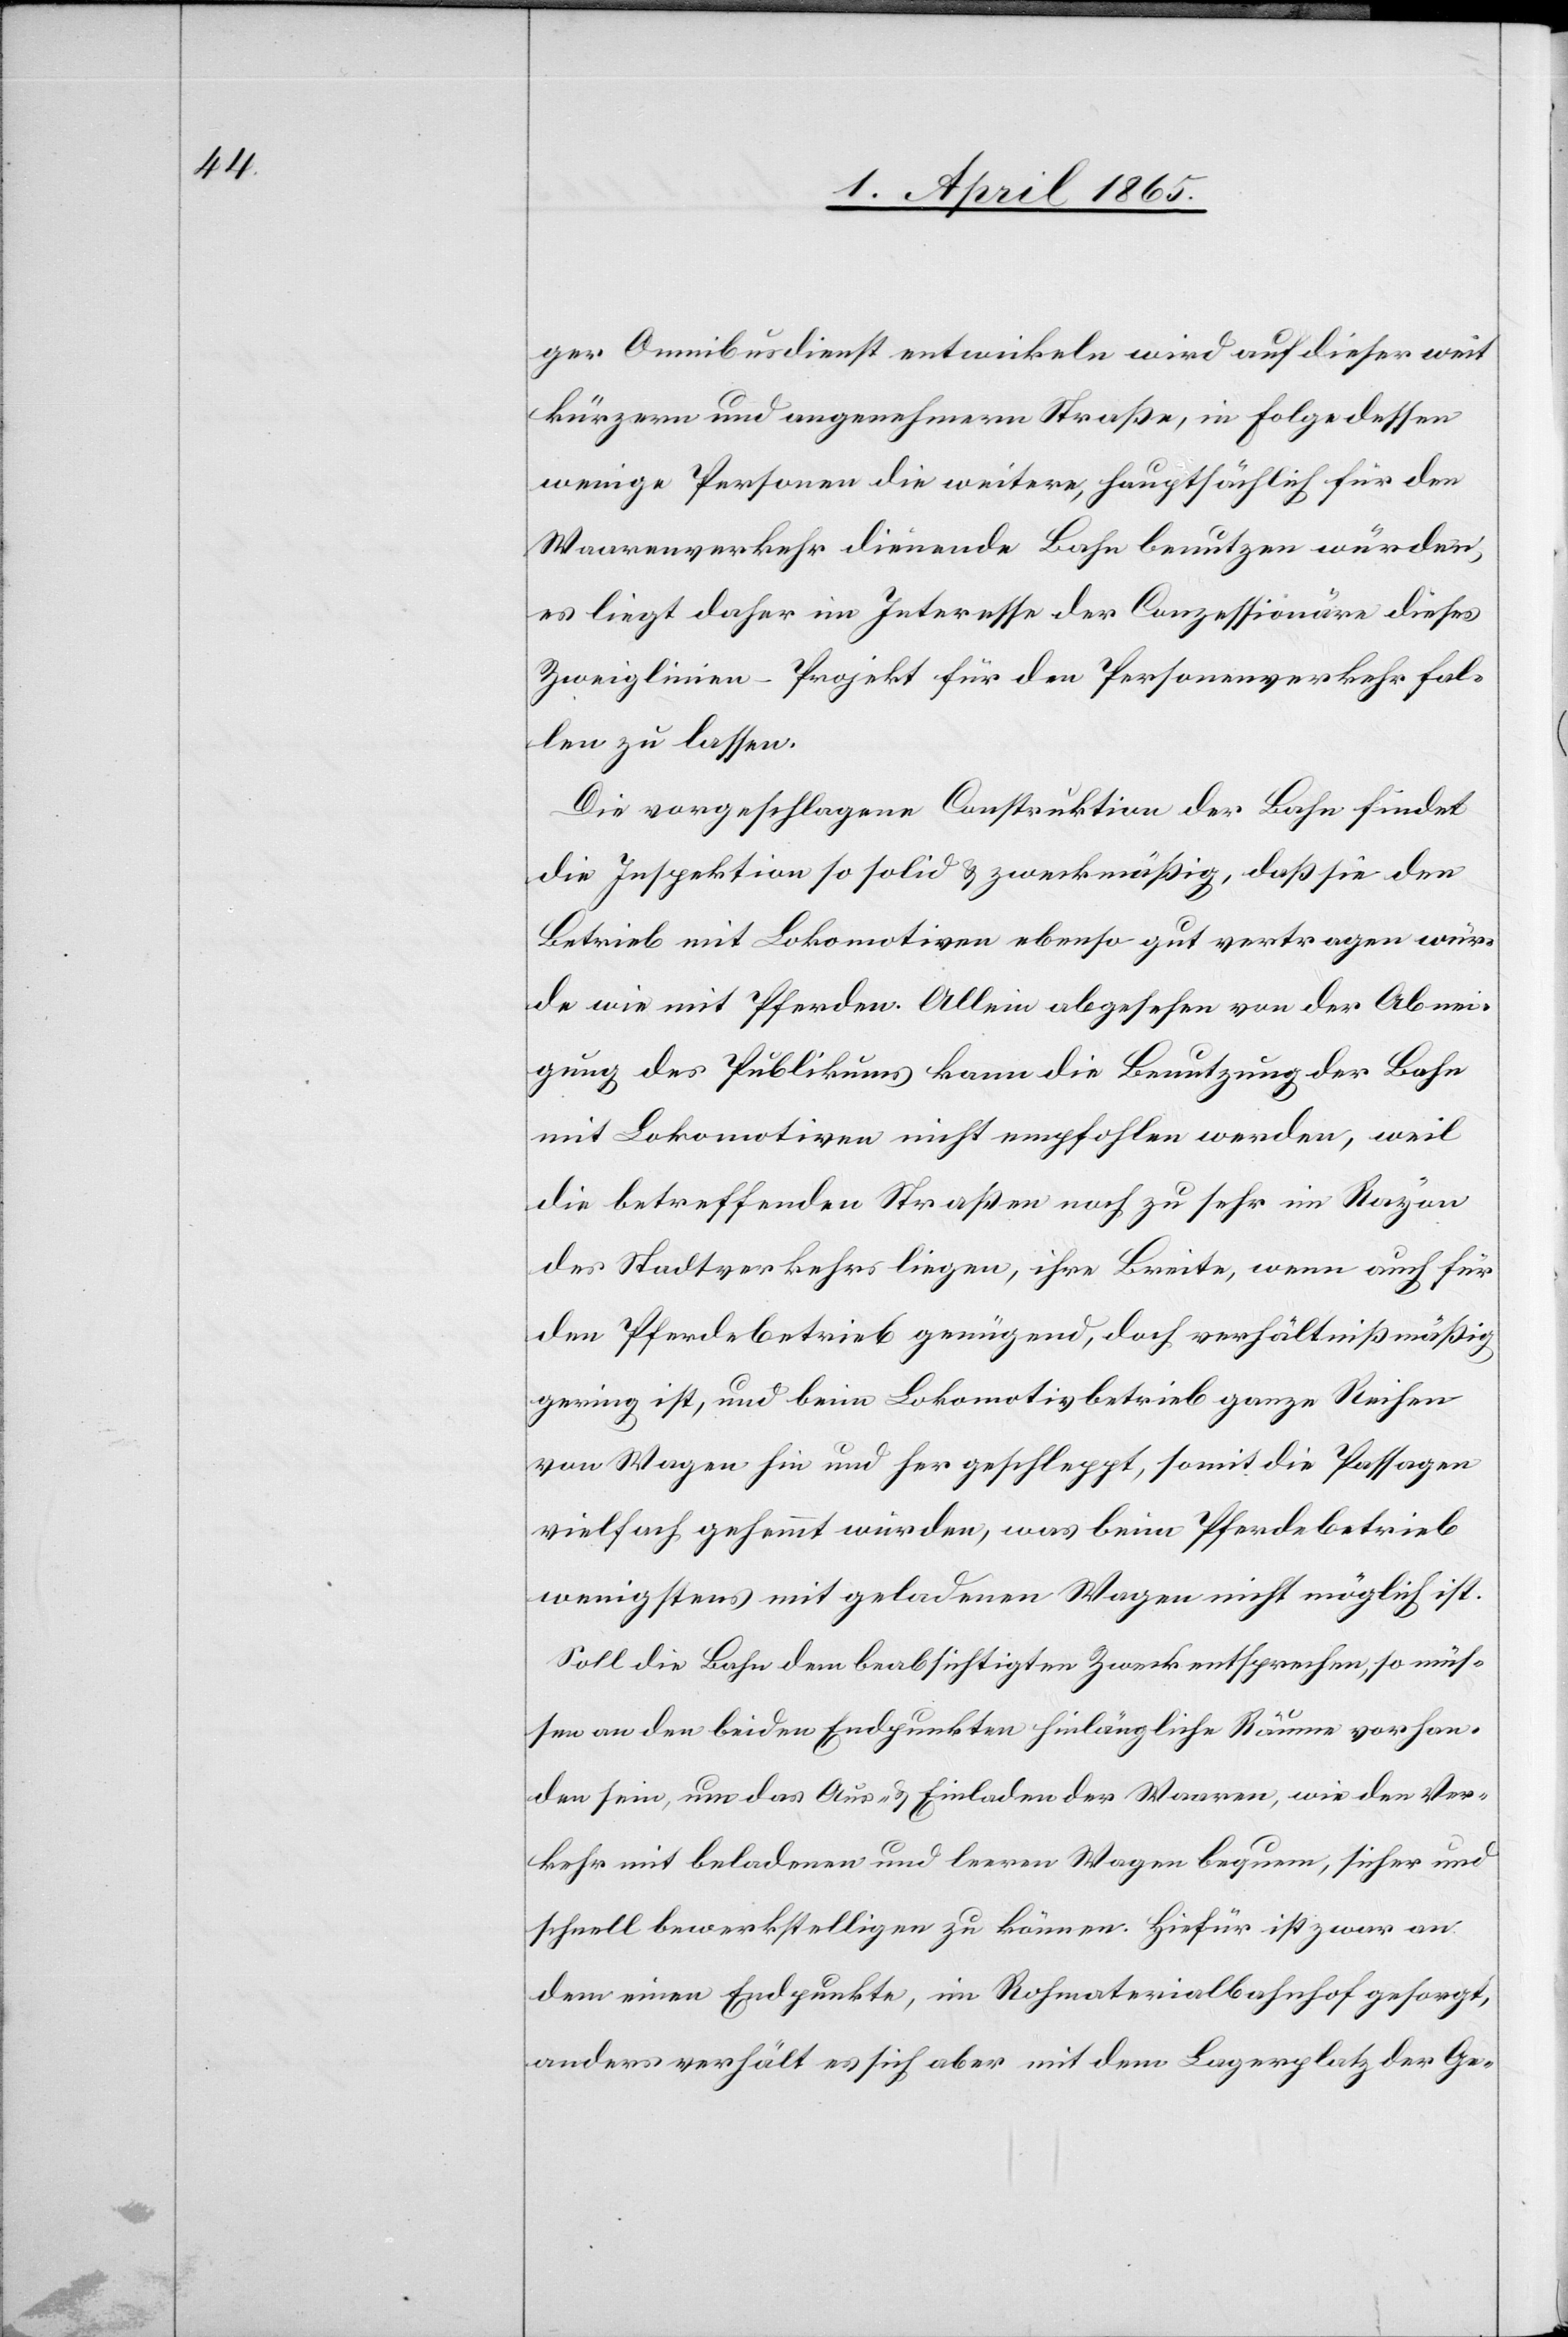
ger Omnibusdienst entwickeln wird auf dieser weit
kürzern und angenehmern Straße, in Folge dessen
wenige Personen die weitere, hauptsächlich für den
Waarenverkehr dienende Bahn benutzen würden,
es liegt daher im Interesse der Conzessionäre dieses
Zweiglinien-Projekt für den Personenverkehr fal¬
len zu lassen.
Die vorgeschlagene Construktion der Bahn findet
die Inspektion so solid & zweckmäßig, daß sie den
Betrieb mit Lokomotiven ebenso gut vertragen wür¬
de wie mit Pferden. Allein abgesehen von der Abnei¬
gung des Publikums kann die Benutzung der Bahn
mit Lokomotiven nicht empfohlen werden, weil
die betreffenden Straßen noch zu sehr im Rayon
des Stadtverkehrs liegen, ihre Breite, wenn auch für
den Pferdebetrieb genügend, doch verhältnißmäßig
gering ist, und beim Lokomotivbetrieb ganze Reihen
von Wagen hin und her geschleppt, somit die Passagen
vielfach gehemmt würden, was beim Pferdebetrieb
wenigstens mit geladenen Wagen nicht möglich ist.
Soll die Bahn dem beabsichtigten Zweck entsprechen, so müs¬
sen an den beiden Endpunkten hinlängliche Räume vorhan¬
den sein, um das Aus- & Einladen der Waaren, wie den Ver¬
kehr mit beladenen und leeren Wagen bequem, sicher und
schnell bewerkstelligen zu können. Hiefür ist zwar an
dem einen Endpunkte, im Rohmaterialbahnhof gesorgt,
anders verhält es sich aber mit dem Lagerplatz der Ge-